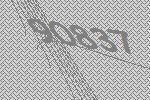
90837